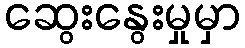
ဆွေးနွေးမှုမှာ